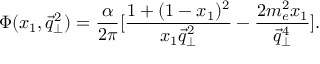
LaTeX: \Phi ( x _ { 1 } , \vec { q } _ { \bot } ^ { 2 } ) = \frac { \alpha } { 2 \pi } [ \frac { 1 + ( 1 - x _ { 1 } ) ^ { 2 } } { x _ { 1 } \vec { q } _ { \bot } ^ { 2 } } - \frac { 2 m _ { e } ^ { 2 } x _ { 1 } } { \vec { q } _ { \bot } ^ { 4 } } ] .